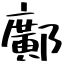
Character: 鄺